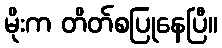
မိုးက တိတ်စပြုနေပြီ။